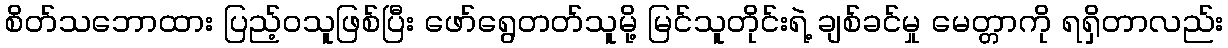
စိတ်သဘောထား ပြည့်ဝသူဖြစ်ပြီး ဖော်ရွေတတ်သူမို့ မြင်သူတိုင်းရဲ့ ချစ်ခင်မှု မေတ္တာကို ရရှိတာလည်း